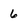
Character: 6